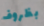
بظروف